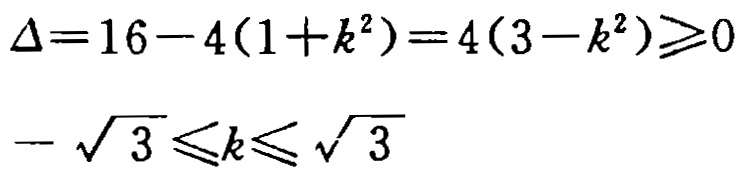
\[\Delta = 16 - 4(1 + k^{2}) = 4(3 - k^{2})\geqslant0\]
\[-\sqrt{3}\leqslant k\leqslant\sqrt{3}\]